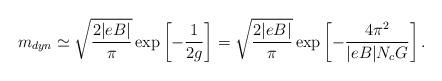
LaTeX: \begin{align*}m_{dyn}\simeq \sqrt{\frac{2|eB|}{\pi}} \exp\left[-\frac{1}{2g}\right] = \sqrt{\frac{2|eB|}{\pi}} \exp\left[-\frac{4\pi^2}{|eB|N_cG}\right] .\end{align*}